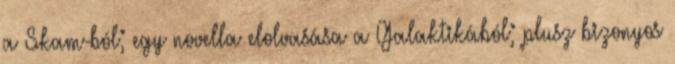
a Skam-ból; egy novella elolvasása a Galaktikából; plusz bizonyos